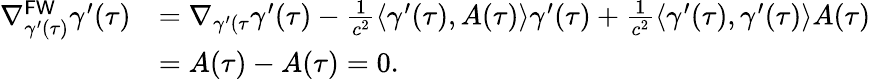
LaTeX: \begin{array}{rl}{\nabla_{\gamma^{\prime}(\tau)}^{\mathsf{FW}}\gamma^{\prime}(\tau)}&{=\nabla_{\gamma^{\prime}(\tau}\gamma^{\prime}(\tau)-\frac{1}{c^{2}}\langle\gamma^{\prime}(\tau),A(\tau)\rangle\gamma^{\prime}(\tau)+\frac{1}{c^{2}}\langle\gamma^{\prime}(\tau),\gamma^{\prime}(\tau)\rangle A(\tau)}\\ &{=A(\tau)-A(\tau)=0.}\end{array}